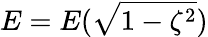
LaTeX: E=E(\sqrt{1-\zeta^{2}})